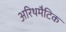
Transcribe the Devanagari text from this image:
अरिथमैटिक